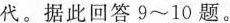
代。据此回答9~10题。